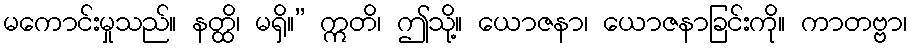
မကောင်းမှုသည်။ နတ္ထိ၊ မရှိ။” ဣတိ၊ ဤသို့။ ယောဇနာ၊ ယောဇနာခြင်းကို။ ကာတဗ္ဗာ၊